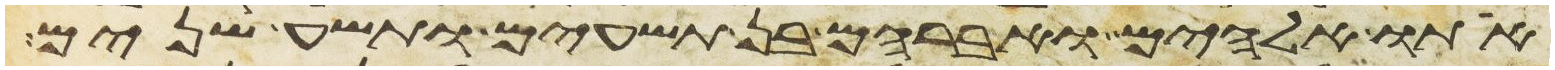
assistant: אתו אלהים ואברהם בן תשעים ותשע שנים